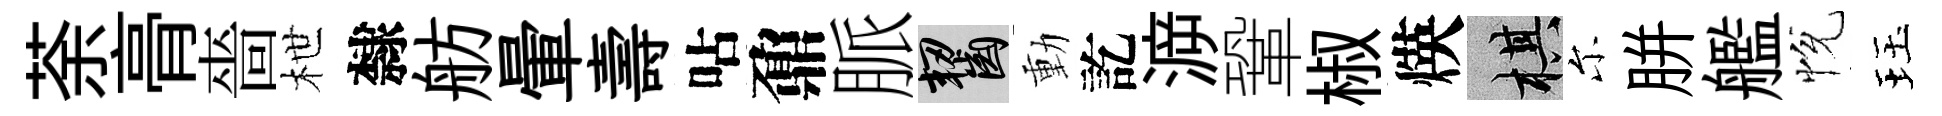
荼𮌔嗇枻隸舫暈壽呫鼐脈齧動訖㴑鞏椒煐棋尓胼艦恱珏